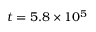
t = 5 . 8 \times 1 0 ^ { 5 }